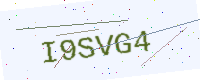
Text: I9SVG4